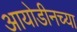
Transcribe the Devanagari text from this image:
आयोडीनच्या